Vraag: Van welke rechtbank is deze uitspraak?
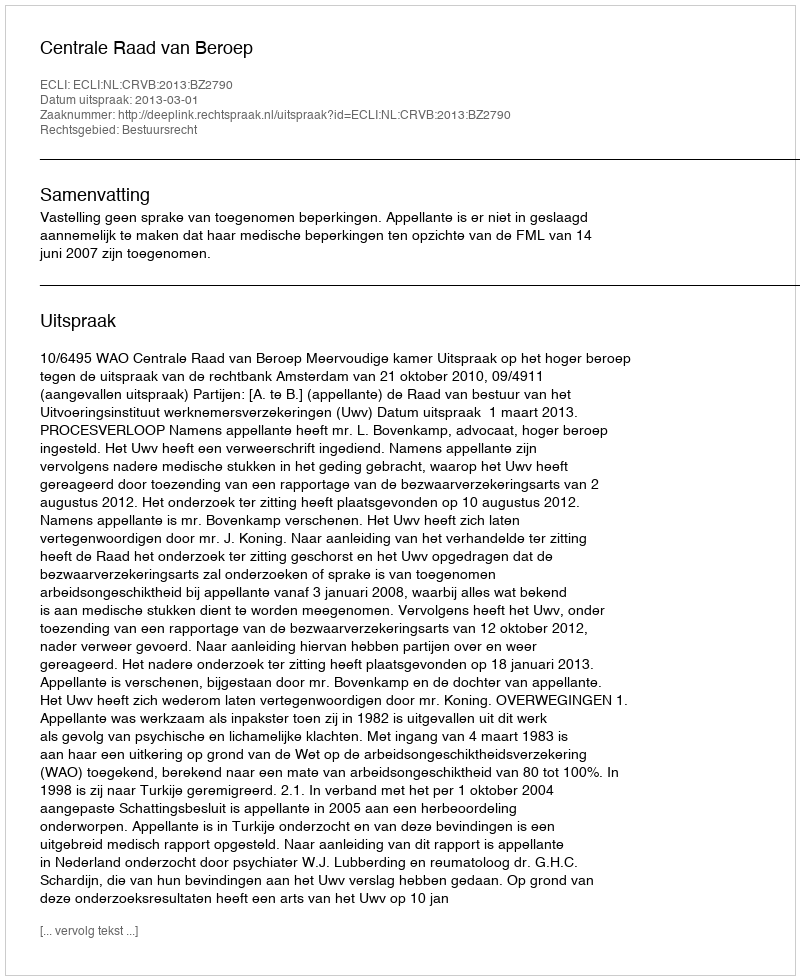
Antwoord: Centrale Raad van Beroep